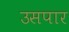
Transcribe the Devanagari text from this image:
उसपार